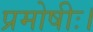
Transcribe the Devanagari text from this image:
प्रमोषीः।